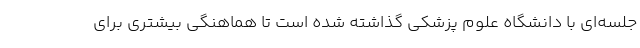
جلسه‌ای با دانشگاه علوم پزشکی گذاشته شده است تا هماهنگی بیشتری برای